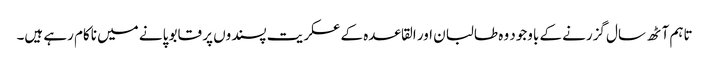
تاہم آٹھ سال گزرنے کے باوجود وہ طالبان اور القاعدہ کے عسکریت پسندوں پر قابو پانے میں ناکام رہے ہیں۔